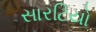
સારટિયો